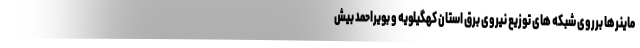
ماینرها برروی شبکه های توزیع نیروی برق استان کهگیلویه و بویراحمد بیش